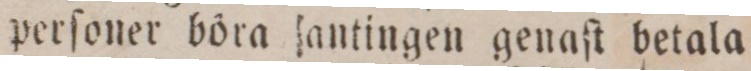
perſoner böra antingen genaſt betala